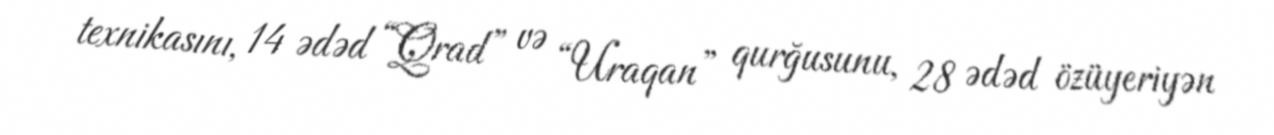
texnikasını, 14 ədəd “Qrad” və “Uraqan” qurğusunu, 28 ədəd özüyeriyən